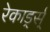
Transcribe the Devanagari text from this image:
रेकार्ड्स्